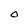
Character: O